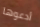
أدعوها